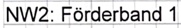
Text: NW2: Förderband 1